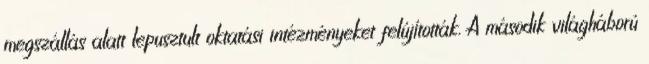
megszállás alatt lepusztult oktatási intézményeket felújították. A második világháború